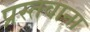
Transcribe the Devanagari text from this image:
प्रस्तवाना